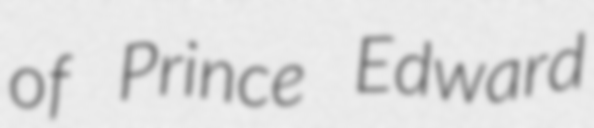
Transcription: of Prince Edward